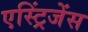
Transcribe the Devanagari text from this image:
एस्ट्रिंजेंस